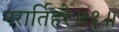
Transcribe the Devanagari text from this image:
नरार्तिहरे॥१॥